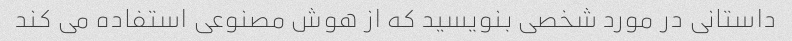
داستانی در مورد شخصی بنویسید که از هوش مصنوعی استفاده می کند